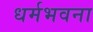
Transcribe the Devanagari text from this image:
धर्मभवना